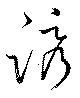
誘